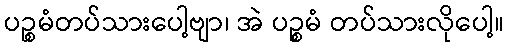
ပဉ္စမံတပ်သားပေါ့ဗျာ၊ အဲ ပဉ္စမံ တပ်သားလိုပေါ့။